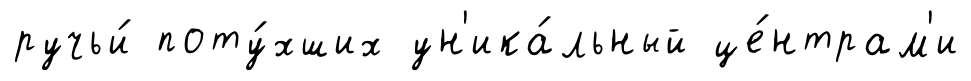
ручьи́ поту́хших ун'ика́льный це́нтрам'и